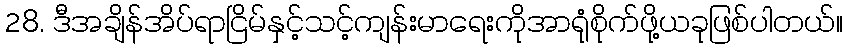
28. ဒီအချိန်အိပ်ရာငြိမ်နှင့်သင့်ကျန်းမာရေးကိုအာရုံစိုက်ဖို့ယခုဖြစ်ပါတယ်။